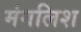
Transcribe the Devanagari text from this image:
मंगलिश